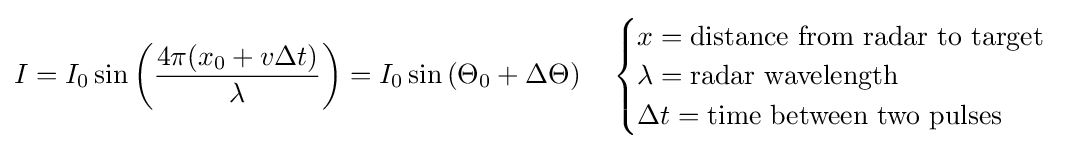
I=I_{0}\sin \left({\frac {4\pi (x_{0}+v\Delta t)}{\lambda }}\right)=I_{0}\sin \left(\Theta _{0}+\Delta \Theta \right)\quad {\begin{cases}x={\text{distance from radar to target}}\\\lambda ={\text{radar wavelength}}\\\Delta t={\text{time between two pulses}}\end{cases}}